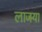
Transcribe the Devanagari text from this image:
लाजर्‍या